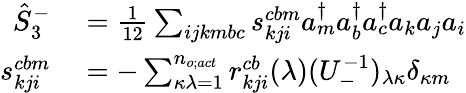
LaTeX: \begin{array}{rl}{\hat{S}_{3}^{-}}&{{}=\frac{1}{12}\sum_{ijkmbc}s_{kji}^{cbm}a_{m}^{\dagger}a_{b}^{\dagger}a_{c}^{\dagger}a_{k}a_{j}a_{i}}\\ {s_{kji}^{cbm}}&{{}=-\sum_{\kappa\lambda=1}^{n_{o;act}}r_{kji}^{cb}(\lambda)(U_{-}^{-1})_{\lambda\kappa}\delta_{\kappa m}}\end{array}